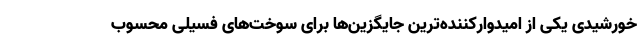
خورشیدی یکی از امیدوارکننده‌ترین جایگزین‌ها برای سوخت‌های فسیلی محسوب